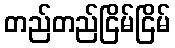
တည်တည်ငြိမ်ငြိမ်